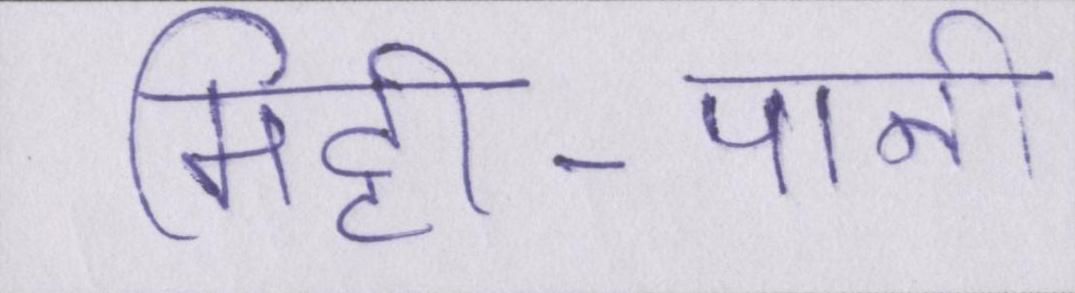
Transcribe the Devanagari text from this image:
मिट्टी-पानी